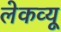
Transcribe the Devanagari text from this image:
लेकव्यू